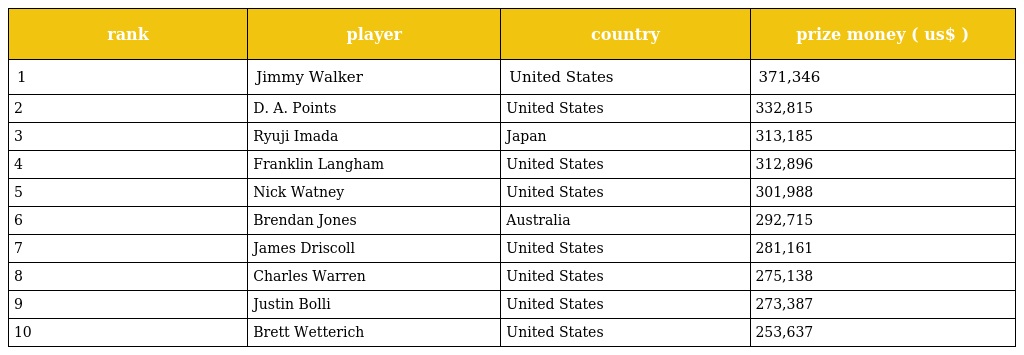
| rank | player | country | prize money ( us$ ) |
 | --- | --- | --- | --- |
 | 1 | Jimmy Walker | United States | 371,346 |
 | 2 | D. A. Points | United States | 332,815 |
 | 3 | Ryuji Imada | Japan | 313,185 |
 | 4 | Franklin Langham | United States | 312,896 |
 | 5 | Nick Watney | United States | 301,988 |
 | 6 | Brendan Jones | Australia | 292,715 |
 | 7 | James Driscoll | United States | 281,161 |
 | 8 | Charles Warren | United States | 275,138 |
 | 9 | Justin Bolli | United States | 273,387 |
 | 10 | Brett Wetterich | United States | 253,637 |